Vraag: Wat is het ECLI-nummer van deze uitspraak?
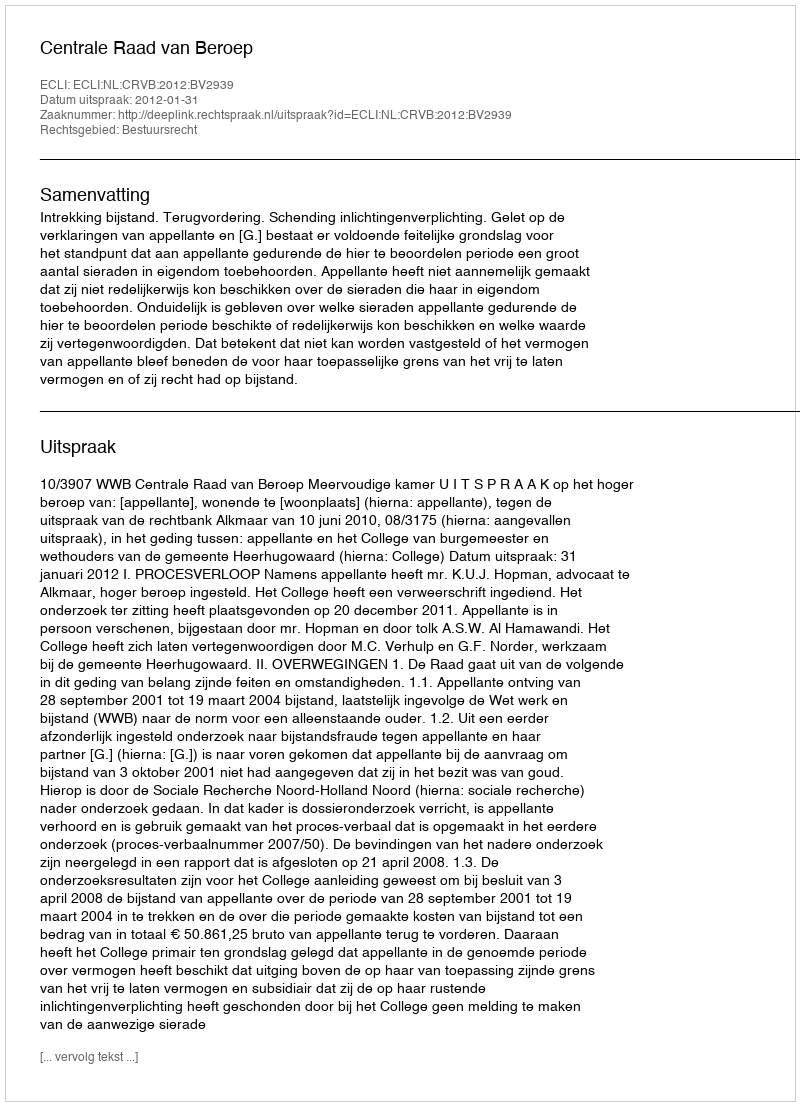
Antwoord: ECLI:NL:CRVB:2012:BV2939